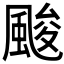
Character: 𲋅